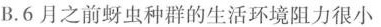
B.6月之前蚜虫种群的生活环境阻力很小